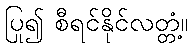
ပြု၍ စီရင်နိုင်လတ္တံ့။